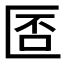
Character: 𠥀